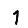
Digit: 1